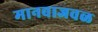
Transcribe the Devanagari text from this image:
मानवाजवळ